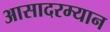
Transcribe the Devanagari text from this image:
आसादरम्यान